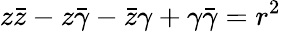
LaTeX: z{\bar{z}}-z{\bar{\gamma}}-{\bar{z}}\gamma+\gamma{\bar{\gamma}}=r^{2}